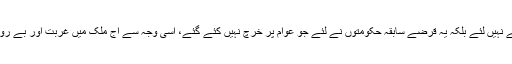
انہوں نے کہا کہ ملک پر اس وقت جو قرضے ہیں وہ تحریک انصاف کی حکومت نے نہیں لئے بلکہ یہ قرضے سابقہ حکومتوں نے لئے جو عوام پر خرچ نہیں کئے گئے، اسی وجہ سے آج ملک میں غربت اور بے روزگاری ہے، پی آئی اے، اسٹیل ملز، بجلی کا شعبہ اور دیگر ادارے خسارے میں ہیں۔